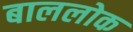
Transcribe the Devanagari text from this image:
बाललोक